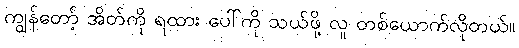
ကျွန်တော့် အိတ်ကို ရထား ပေါ်ကို သယ်ဖို့ လူ တစ်ယောက်လိုတယ်။